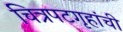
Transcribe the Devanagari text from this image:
चित्रपटगृहांची